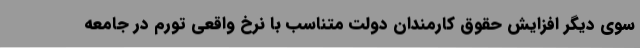
سوی دیگر افزایش حقوق کارمندان دولت متناسب با نرخ واقعی تورم در جامعه